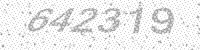
Solution: 642319